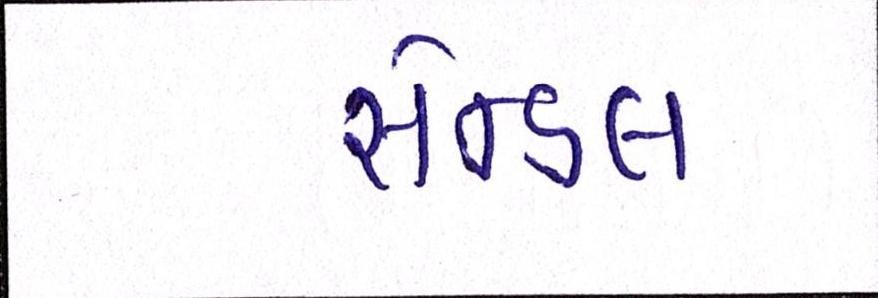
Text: સેન્ડલ